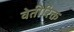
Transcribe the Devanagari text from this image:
वेतीरिक्त